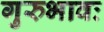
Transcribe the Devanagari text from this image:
गुरुभावः